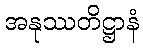
အနုဿတိဋ္ဌာနံ